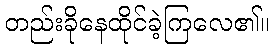
တည်းခိုနေထိုင်ခဲ့ကြလေ၏။